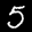
Label: 5